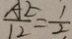
\frac { A E } { 1 2 } = \frac { 1 } { 2 }